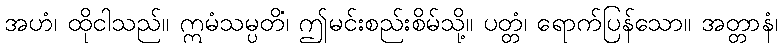
အဟံ၊ ထိုငါသည်။ ဣမံသမ္ပတိံ၊ ဤမင်းစည်းစိမ်သို့။ ပတ္တံ၊ ရောက်ပြန်သော။ အတ္တာနံ၊